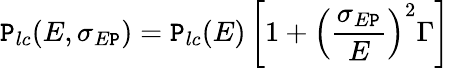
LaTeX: \mathtt{P}_{lc}(E,\sigma_{E\mathtt{P}})=\mathtt{P}_{lc}(E)\left[1+\left(\frac{{\sigma_{E\mathtt{P}}}}{{E}}\right)^{2}\Gamma\right]\,